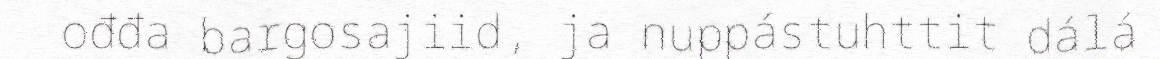
ođđa bargosajiid, ja nuppástuhttit dálá